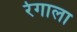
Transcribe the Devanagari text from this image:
रेगाला